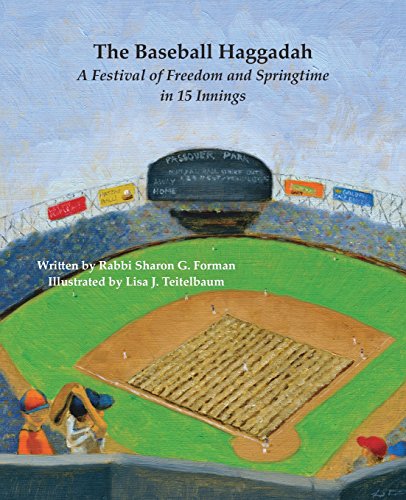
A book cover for The Baseball Haggadah: A Festival of Freedom and Springtime in 15 Innings; Sharon G Forman; Religion & Spirituality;